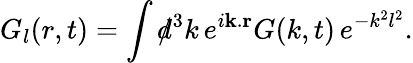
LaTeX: G_{l}(r,t)=\int d\! \! \! /^{3}k\, e^{i{\mathbf k}.{\mathbf r}}G(k,t)\, e^{-k^{2}l^{2}}.